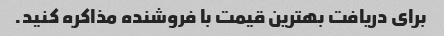
برای دریافت بهترین قیمت با فروشنده مذاکره کنید.